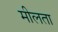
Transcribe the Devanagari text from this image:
मीलता